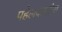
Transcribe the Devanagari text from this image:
पहेलवानांना